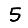
Digit: 5